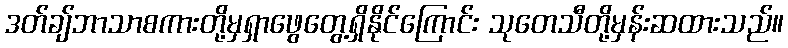
ဒတ်ချ်ဘာသာစကားတို့မှရှာဖွေတွေ့ရှိနိုင်ကြောင်း သုတေသီတို့မှန်းဆထားသည်။